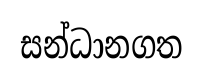
සන්ධානගත